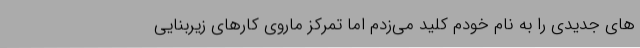
های جدیدی را به نام خودم کلید می‌زدم اما تمرکز ماروی کارهای زیربنایی